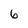
Character: 6